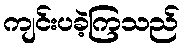
ကျင်းပခဲ့ကြသည်